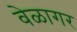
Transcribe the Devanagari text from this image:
वेळागर